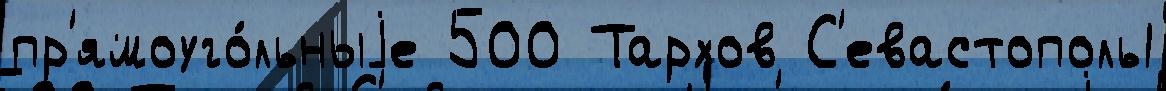
пр'ямоуго́льныjе 500 Тархов С'евастополь1